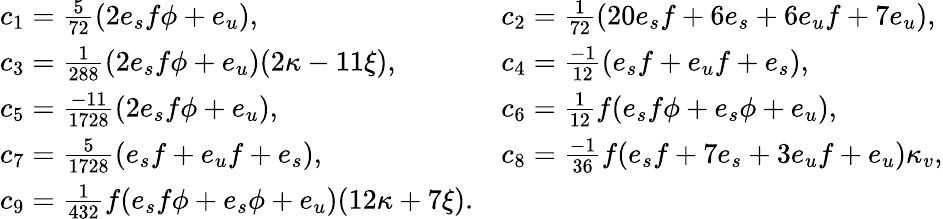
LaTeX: \begin{array}{ll}{{c_{1}={\frac{5}{72}}(2e_{s}f\phi+e_{u}),}}&{{c_{2}={\frac{1}{72}}(20e_{s}f+6e_{s}+6e_{u}f+7e_{u}),}}\\ {{c_{3}={\frac{1}{288}}(2e_{s}f\phi+e_{u})(2\kappa-11\xi),}}&{{c_{4}={\frac{-1}{12}}(e_{s}f+e_{u}f+e_{s}),}}\\ {{c_{5}={\frac{-11}{1728}}(2e_{s}f\phi+e_{u}),}}&{{c_{6}={\frac{1}{12}}f(e_{s}f\phi+e_{s}\phi+e_{u}),}}\\ {{c_{7}={\frac{5}{1728}}(e_{s}f+e_{u}f+e_{s}),}}&{{c_{8}={\frac{-1}{36}}f(e_{s}f+7e_{s}+3e_{u}f+e_{u})\kappa_{v},}}\\ {{c_{9}={\frac{1}{432}}f(e_{s}f\phi+e_{s}\phi+e_{u})(12\kappa+7\xi).}}\end{array}